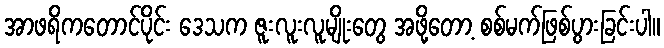
အာဖရိကတောင်ပိုင်း ဒေသက ဇူးလူးလူမျိုးတွေ အဖို့တော့ စစ်မက်ဖြစ်ပွားခြင်းပါ။